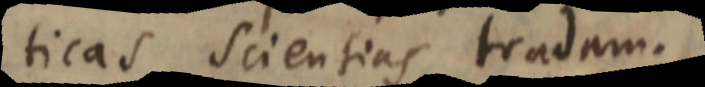
Mathematicas scientias tradam.